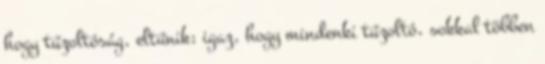
hogy tűzoltóság, eltűnik; igaz, hogy mindenki tűzoltó, sokkal többen